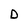
Character: D